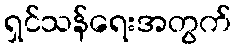
ရှင်သန်ရေးအတွက်